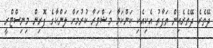
ދޭތެރެ ދޭތެރެއިން ތަފާތު އެކިއެކި ކަންކަމާ މަޝްވަރާ ކުރުމަށް ލަންކާގެ ފޮރިން މިނިސްޓްރީ